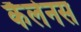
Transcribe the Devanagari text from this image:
कैलेनस